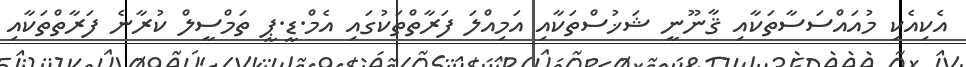
އެކިއެކި މުއައްސަސާތަކާއި ޤާނޫނީ ޝަޚުސްތަކާއި އަމިއްލަ ފަރާތްތަކުގައި އެމް.ޑީ.ޕީ ތަމްސީލް ކުރާނެ ފަރާތްތަކާއި